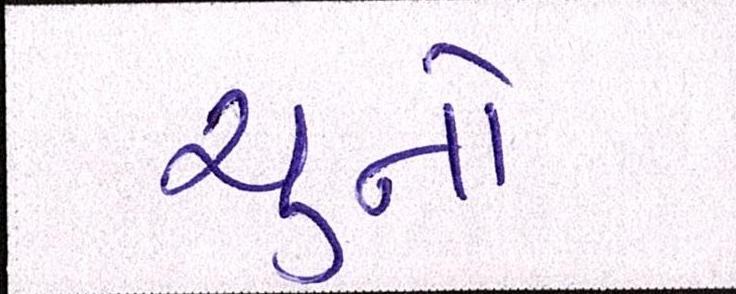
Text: ચુનો